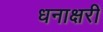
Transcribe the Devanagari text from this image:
धनाक्षरी